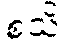
စသိ